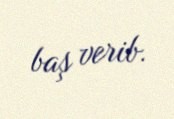
baş verib.